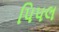
પિપલ